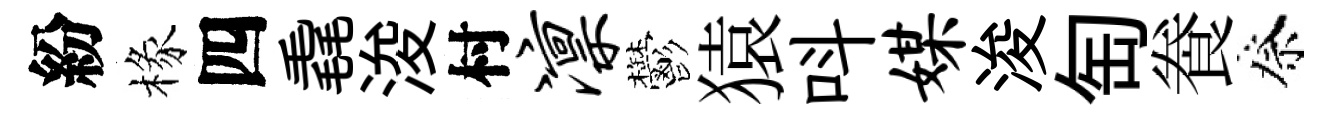
紛椽四毳浚村凛鬱猿呌媒浚匋飬祭